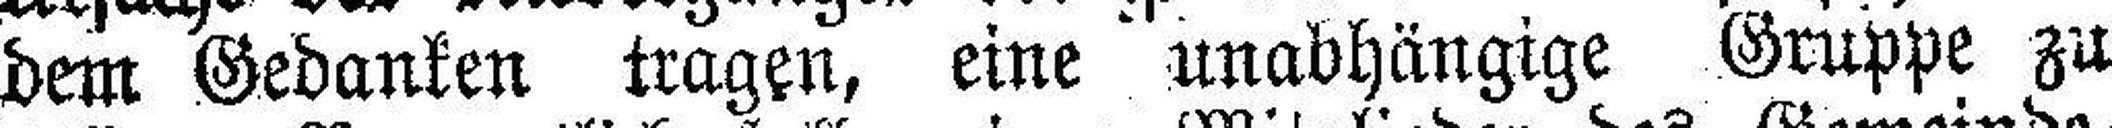
dem Gedanken tragen, eine unabhängige Gruppe zu